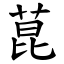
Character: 菎